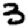
Digit: 3